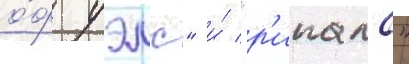
о́ф уэлс" и́ "р'ипалс"